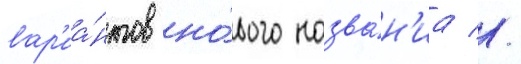
вар'иа́нтов но́вого назва́н'иа //